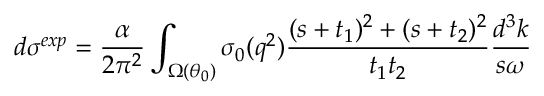
d \sigma ^ { e x p } = \frac { \alpha } { 2 \pi ^ { 2 } } \int _ { \Omega ( \theta _ { 0 } ) } ^ { } \sigma _ { 0 } ( q ^ { 2 } ) \frac { ( s + t _ { 1 } ) ^ { 2 } + ( s + t _ { 2 } ) ^ { 2 } } { t _ { 1 } t _ { 2 } } \frac { d ^ { 3 } k } { s \omega }